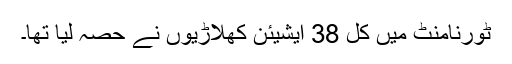
ٹورنامنٹ میں کل 38 ایشیئن کھلاڑیوں نے حصہ لیا تھا۔